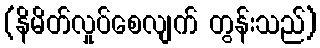
(နိမိတ်လှုပ်စေလျက် တွန်းသည်)